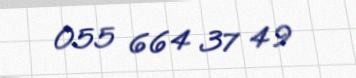
055 664 37 49